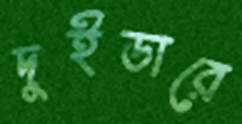
দুইডারে